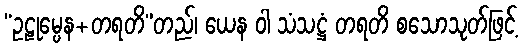
“ဥဠုမ္ပေန+တရတိ”တည်၊ ယေန ဝါ သံသဋ္ဌံ တရတိ စသောသုတ်ဖြင့်